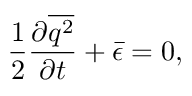
\frac { 1 } { 2 } \frac { { \partial \overline { { { q ^ { 2 } } } } } } { { \partial t } } + \bar { \epsilon } = 0 ,